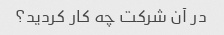
در آن شرکت چه کار کردید؟